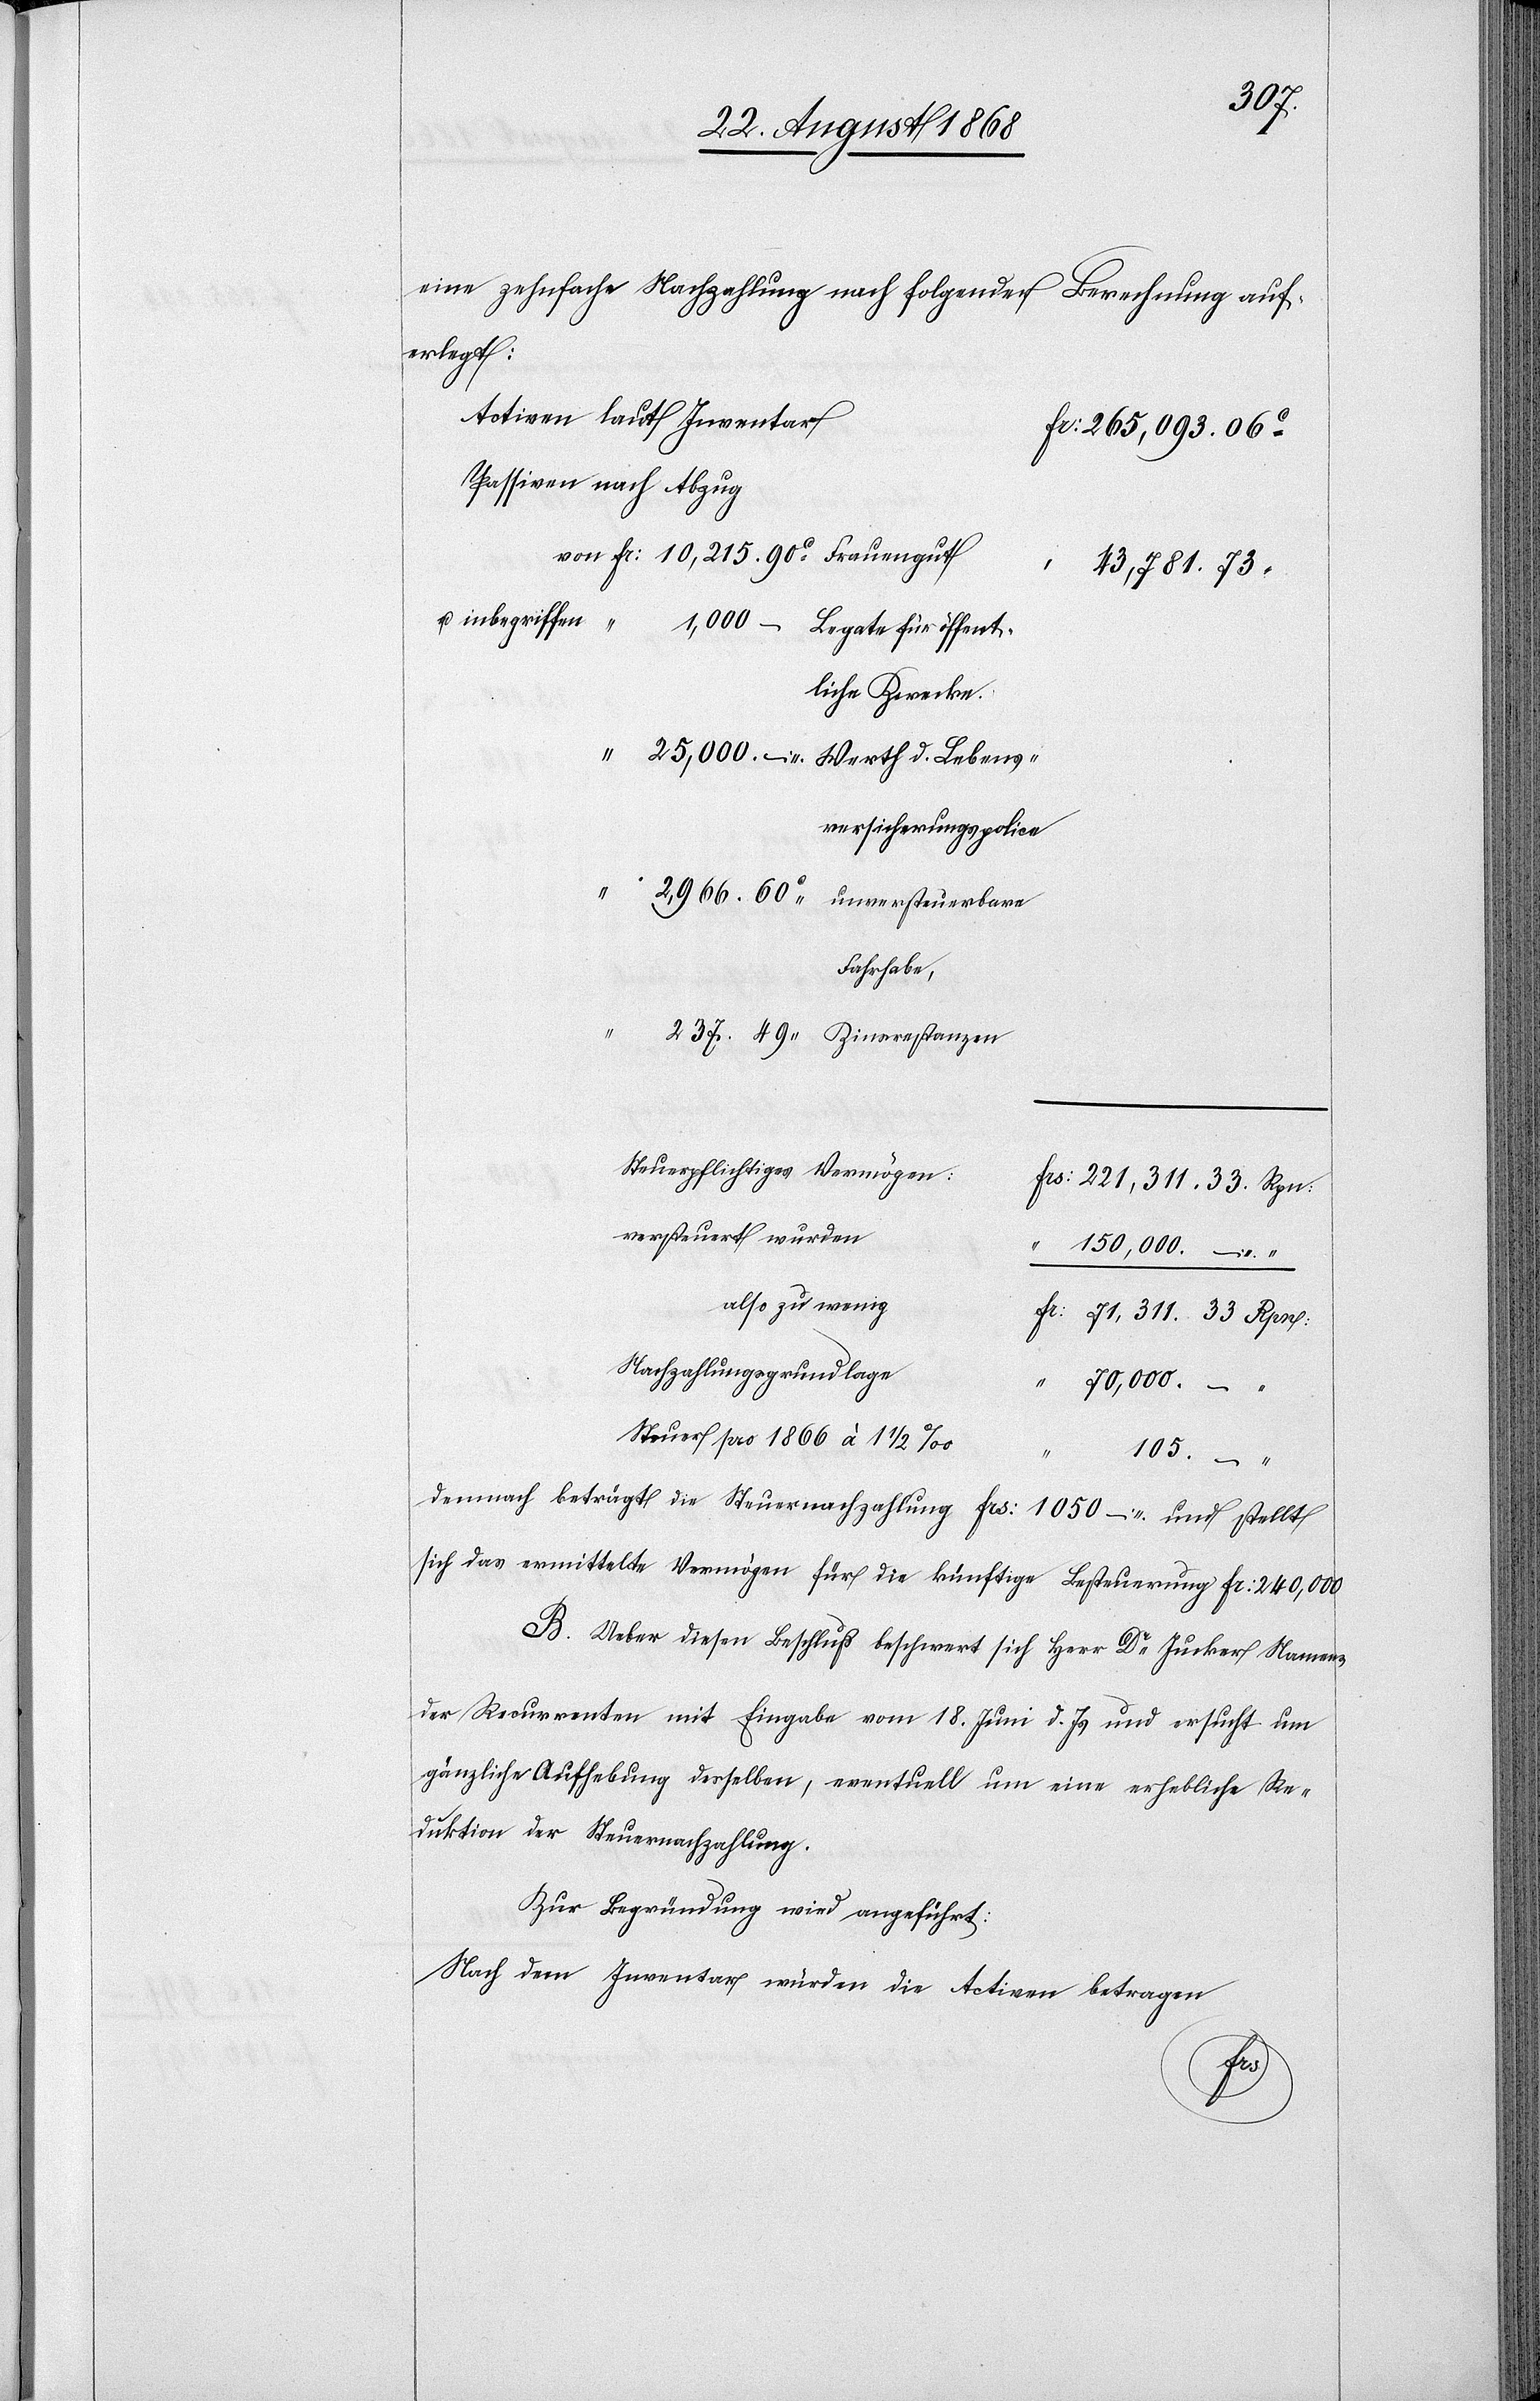
eine zehnfache Nachzahlung nach folgender Berechnung auf¬
öffent¬
Activen laut Inventar
Fr: 265,093. 06C
Passiven nach Abzug
Fr: 10,215. 90C Frauengut
43,781. 73
liche Zwecke.
“ 25,000. – Werth d. Lebens¬
versicherungspolice
2,966. 60C unversteuerbare
Fahrhabe,
237. 49 Zinsrestanzen
Steuerpflichtiges Vermögen:
Frs: 221,311. 33. Rpn:
versteuert wurden
“ 150,000. –
also zu wenig
Fr: 71,311. 33. Rpn:
Nachzahlungsgrundlage
“
70,000.
– “
Steuer pro 1866 à 1 1/2
“
105.
Demnach beträgt die Steuernachzahlung Frs: 1050 – und stellt
sich das ermittelte Vermögen für die künftige Besteuerung Fr: 240,000
B. Ueber diesen Beschluß beschwert sich Herr Dr Jucker Namens
der Recurrenten mit Eingabe vom 18. Juni d. Js und ersucht um
gänzliche Aufhebung desselben, eventuell um eine erhebliche Re¬
duktion der Steuernachzahlung.
Zur Begründung wird angeführt:
Nach dem Inventar würden die Activen betragen
für